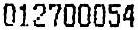
012700054